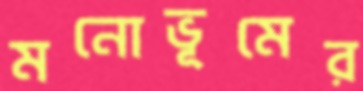
মনোভূমের